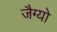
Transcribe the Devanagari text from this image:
जैग्यो